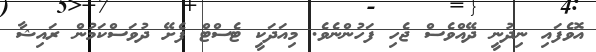
އޮވެފައި ނިދުނީ ދޭއްވެސް ޖެހި ފަހުންނެވެ. މިއަދަކީ ޓެސްޓް ފެށޭ ދުވަސްކަމުން ރައިޝާ